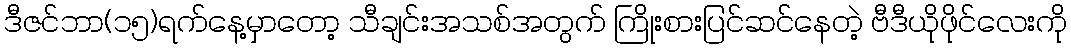
ဒီဇင်ဘာ(၁၅)ရက်နေ့မှာတော့ သီချင်းအသစ်အတွက် ကြိုးစားပြင်ဆင်နေတဲ့ ဗီဒီယိုဖိုင်လေးကို